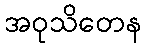
အဝုသိတေန